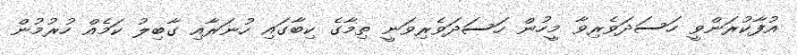
އުފާކުރަންވީ ހަސަދަވެރިވާ މީހުން ހަސަދަވެރިވަނީ ތިމާގެ ކިބާގައި ހުނަރާއި ގާބިލު ކަމެއް ހުރުމުން